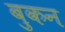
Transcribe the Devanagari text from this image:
बुकन